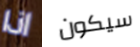
اذا سيكون